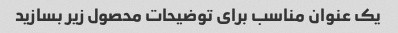
یک عنوان مناسب برای توضیحات محصول زیر بسازید